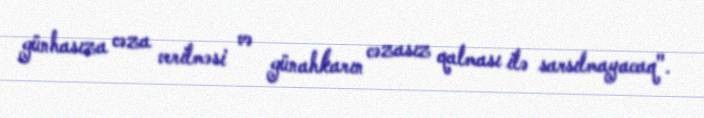
günhasıza cəza verilməsi və günahkarın cəzasız qalması ilə sarsılmayacaq".